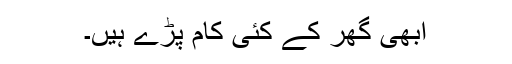
ابھی گھر کے کئی کام پڑے ہیں۔